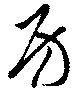
房